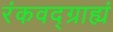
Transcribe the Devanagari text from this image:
रंकवद्ग्राह्यं